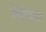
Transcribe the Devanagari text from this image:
क्षितिजपार